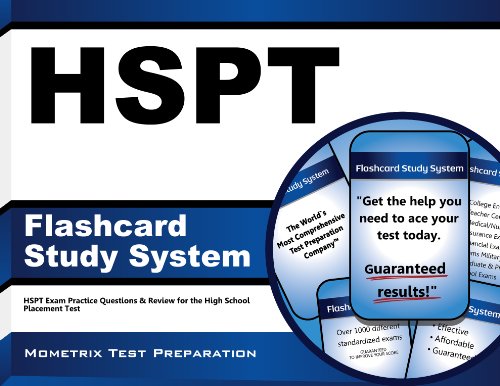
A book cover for HSPT Flashcard Study System: HSPT Exam Practice Questions & Review for the High School Placement Test (Cards); HSPT Exam Secrets Test Prep Team; Test Preparation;